Rasina_vallavalitsus, lk 5
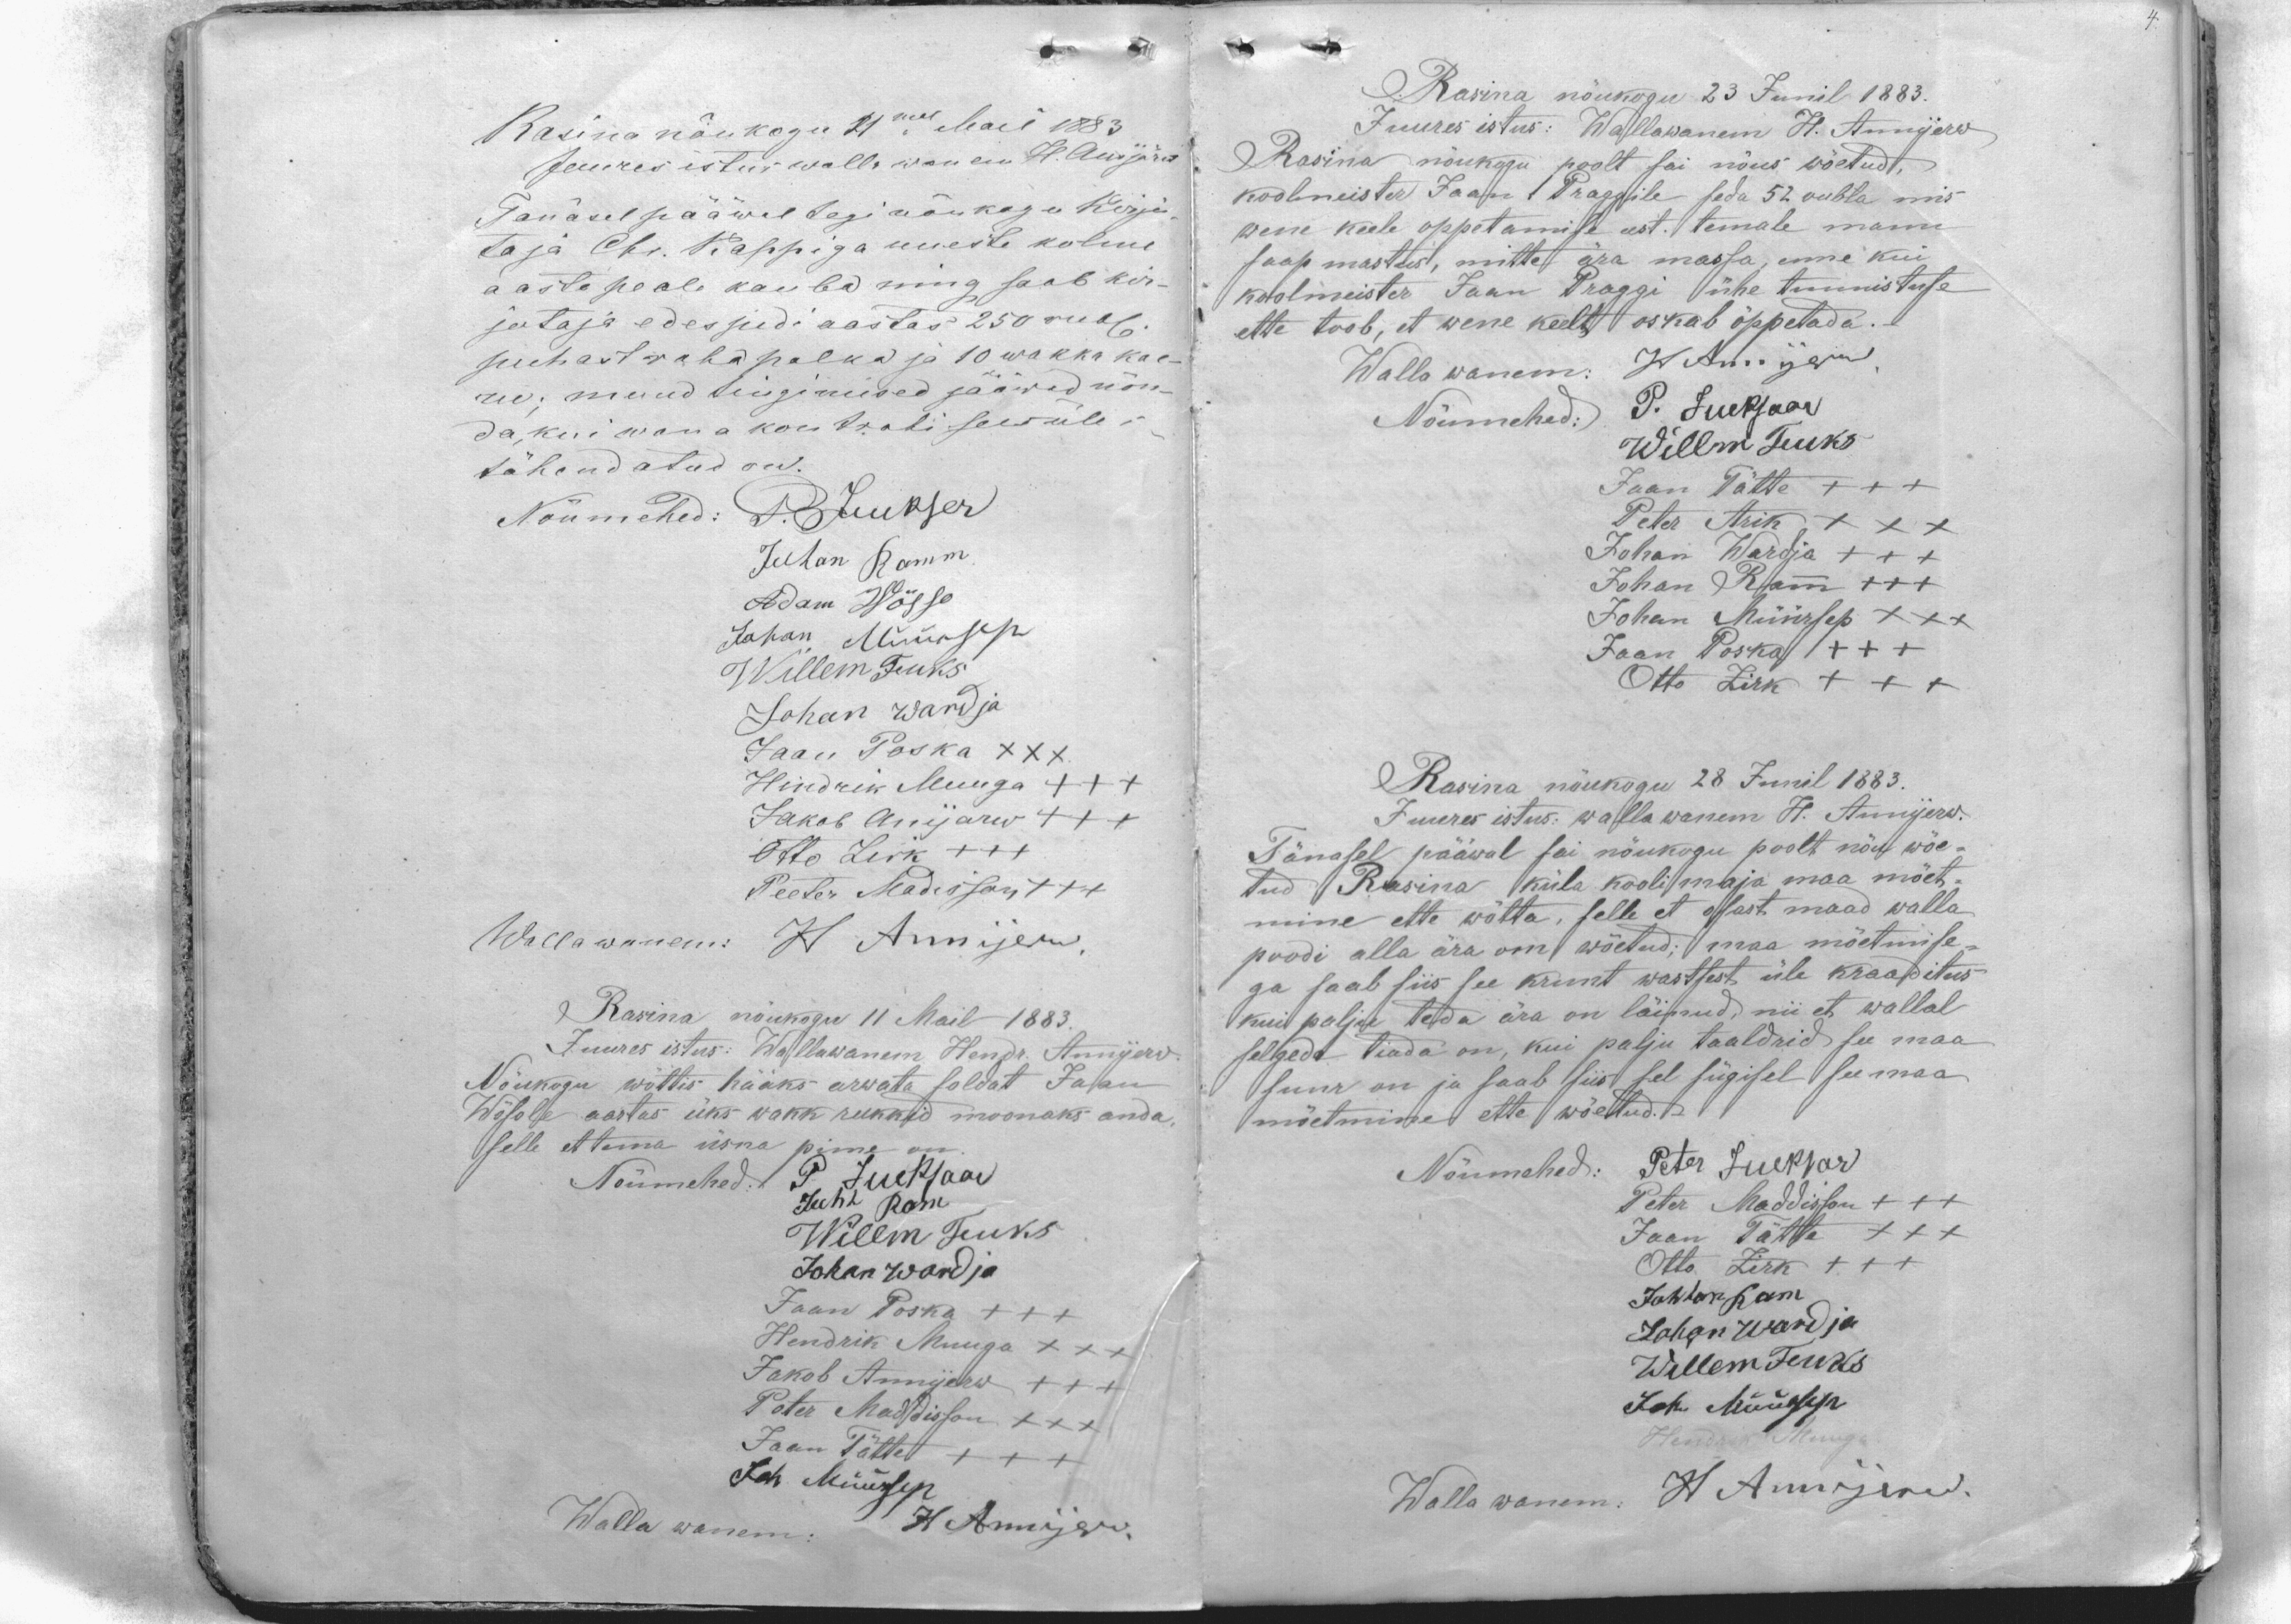
Rasina nõukogu 21mal Mail 1883
Juures istus walla wanem H. Anijärw
Tänasel pääwal tegi nõukogu Kirju
taja Chr. Kappiga uueste kolme
aasta peale kauba ning saab kir-
jutaja edespidi aastas 250 rubla.
puhast raha palka ja 10 wakka kae-
ru; muud tingimised jääwad nõn-
da, kui wana kontrahi sees üles
tähendatud on.
Nõumehed: P. Juekser
Juhan Ramm
Adam Wõsso
Johan Müürsep
Willem Fuks
Johan Wardja
Jaan Poska XXX
Hindrik Muuga +++
Jakob Anijarw +++
Otto Zirk +++
Peeter Madisson XXX
Wallawanem: H. Annijerw.
Rasina nõukogu 11 Mail 1883.
Juures istus: Wallawanem Hendr. Annijerw
Nõukogu wõttis hääks arwata soldat Jaan
Wõsole aastas üks wakk rukkid moonaks anda
selle et tema üsna pime on.
Nõumehed P. Jueksaar
Juhh Ram
Willm Fuks
Johan Wardja
Jaan Poska +++
Hendrik Muuga XXX
Jakob Annijerw +++
Peter Maddisson XXX
Jaan Tätte +++
Joh Müürsep
Walla wanem: H Annijerw.

Rasina nõukogu 23 Junil 1883.
Juures istus: Wallawanem H. Annijerw
Rasina nõukogu poolt sai nõus wõetud,
koolmeister Jaan Praggile seda 52 rubla mis
wene keele oppetamise eest temale manu
saap mastus, mitte ära massa, enne kui
koolmeister Jaan Praggi ühe tunnistuse
ette toob, et wene keelt oskab õppetada.-
Wallawanem: H. Annijerw.
Nõumehed: P. Jueksaar
Willm Fucks
Jaan Tätte +++
Peter Arik XXX
Johan Wardja +++
Johan Ramm +++
Johan Müürsep XXX
Jaan Poska +++
Otto Zirk XXX
Rasina nõukogu 28 Junil 1883.
Juures istus: walla wanem H. Annijerw.
Tänasel pääwal sai nõukogu poolt nõu wõe-
tud Rasina küla kooli maja maa mõet-
mine ette wõtta, selle et osast maad walla
poodi alla ära om wõetud; maa mõetmise-
ga saab siis see krunt wastsest üle kraaditus
kui palju teda ära on läinud, nii et wallal
selgede teada on, kui palju taaldrid see maa
suur on ja saab siis sel sügisel see maa
mõetmine ette wõetud.-
Nõumehed: Peter Jueksar
Peter Maddisson +++
Jaan Tätte XXX
Otto Zirk +++
Johhan Ram
Johan Wardja
Willem Fucks
Joh. Müürsep
Hendrik Muuga
Walla wanem. H Annijerw.